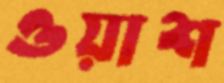
ওয়াশ